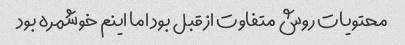
محتویات روش متفاوت از قبل بود اما اینم خوشمره بود